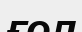
ғол